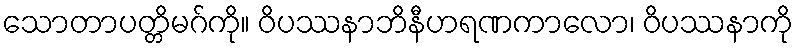
သောတာပတ္တိမဂ်ကို။ ဝိပဿနာဘိနီဟရဏကာလော၊ ဝိပဿနာကို